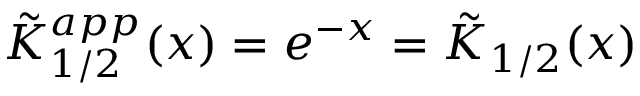
\tilde { K } _ { 1 / 2 } ^ { a p p } ( x ) = e ^ { - x } = \tilde { K } _ { 1 / 2 } ( x )